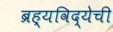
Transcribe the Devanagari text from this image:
ब्रह्यविद्येची